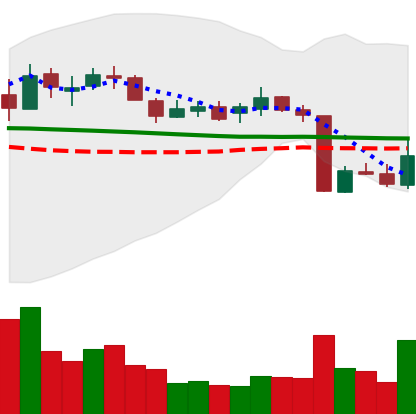
Ticker: XLM-USD
Chart end date: 2018-10-15
Forward return: 9.498%
Label: up_7plus